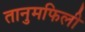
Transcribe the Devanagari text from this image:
तानुमफिली